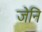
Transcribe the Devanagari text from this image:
जेनि